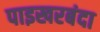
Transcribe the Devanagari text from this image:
पाइखरबंदा